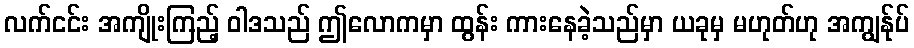
လက်ငင်း အကျိုးကြည့် ဝါဒသည် ဤလောကမှာ ထွန်း ကားနေခဲ့သည်မှာ ယခုမှ မဟုတ်ဟု အကျွန်ုပ်